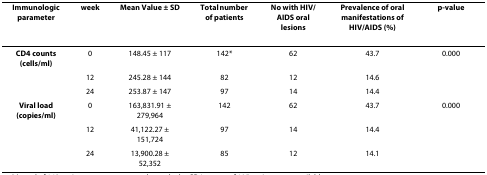
<table><thead><tr><td><b>Immunologic parameter</b></td><td><b>week</b></td><td><b>Mean Value ± SD</b></td><td><b>Total number of patients</b></td><td><b>No with HIV/AIDS oral lesions</b></td><td><b>Prevalence of oral manifestations of HIV/AIDS (%)</b></td><td><b>p-value</b></td></tr></thead><tbody><tr><td><b>CD4 counts (cells/ml)</b></td><td>0</td><td>148.45 ± 117</td><td>142*</td><td>62</td><td>43.7</td><td>0.000</td></tr><tr><td></td><td>12</td><td>245.28 ± 144</td><td>82</td><td>12</td><td>14.6</td><td></td></tr><tr><td></td><td>24</td><td>253.87 ± 147</td><td>97</td><td>14</td><td>14.4</td><td></td></tr><tr><td><b>Viral load (copies/ml)</b></td><td>0</td><td>163,831.91 ± 279,964</td><td>142</td><td>62</td><td>43.7</td><td>0.000</td></tr><tr><td></td><td>12</td><td>41,122.27 ± 151,724</td><td>97</td><td>14</td><td>14.4</td><td></td></tr><tr><td></td><td>24</td><td>13,900.28 ± 52,352</td><td>85</td><td>12</td><td>14.1</td><td></td></tr></tbody></table>